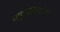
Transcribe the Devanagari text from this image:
समूहवाद्यांच्या